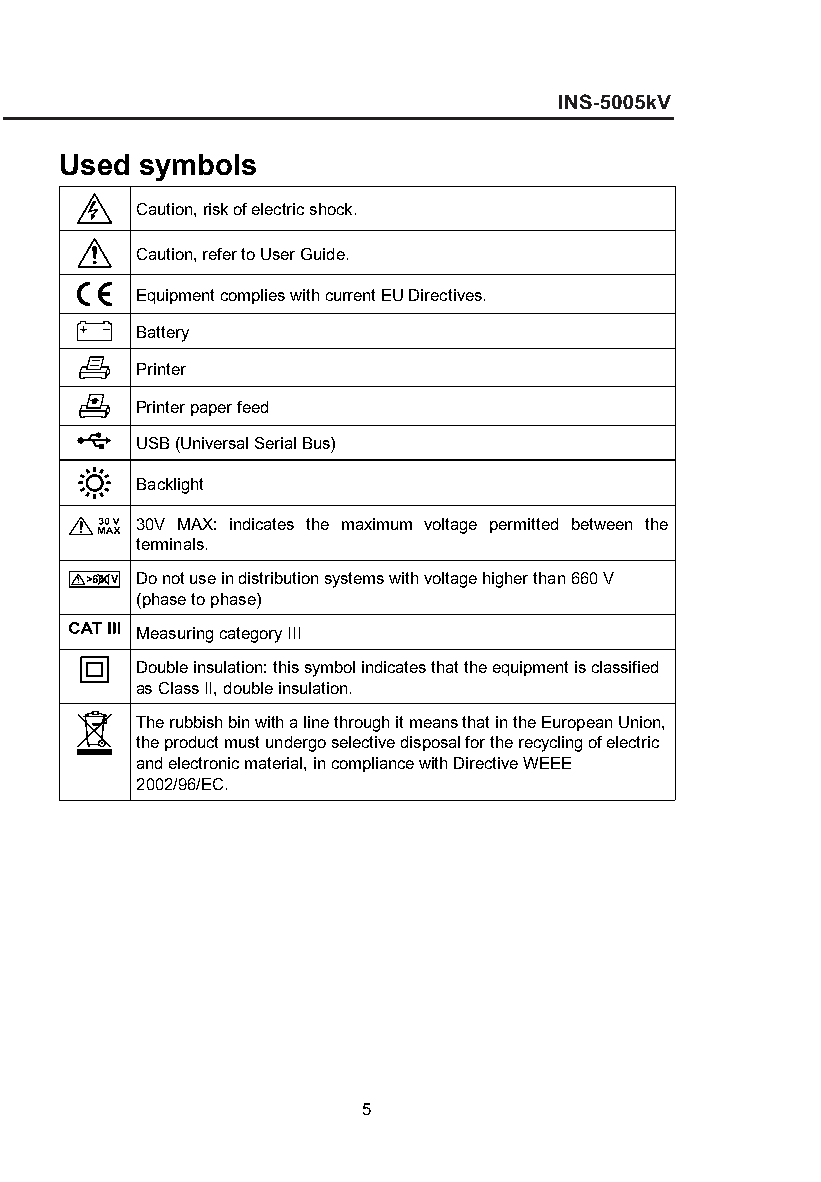
Used symbols
 Caution, risk of electric shock.
 Caution, refer to User Guide.
 Equipment complies with current EU Directives.
 Battery
 Printer
 Printer paper feed
 USB (Universal Serial Bus)
 Backlight
 30V MAX: indicates the maximum voltage permitted between the
 terminals.
 Do not use in distribution systems with voltage higher than 660 V
 (phase to phase)
 Measuring category III
 Double insulation: this symbol indicates that the equipment is classified
 as Class II, double insulation.
 The rubbish bin with a line through it means that in the European Union,
 the product must undergo selective disposal for the recycling of electric
 and electronic material, in compliance with Directive WEEE
 2002/96/EC.
 5